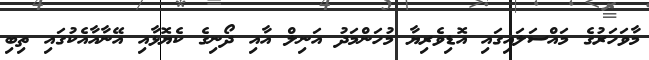
މާވަހަރުގެ މައްސަލައިގައި އޮޑިވެރިޔާ މުހަންމަދު އަނިލް އާއި ދޯނިގެ ކެޔޮޅާއި އޭނާއާއެކުގައި ތިބި